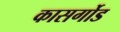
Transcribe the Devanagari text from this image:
कासर्गोड